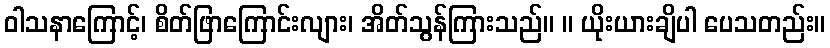
ဝါသနာကြောင့်၊ စိတ်ဖြာကြောင်းလျား၊ အိတ်သွန်ကြားသည်။ ။ ယိုးယားချိပါ ပေသတည်း။